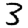
Digit: 3